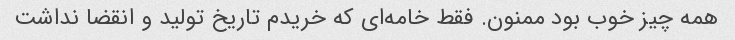
همه چیز خوب بود ممنون. فقط خامه‌ای که خریدم تاریخ تولید و انقضا نداشت